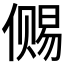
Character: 𰂭